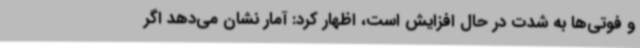
و فوتی‌ها به شدت در حال افزایش است، اظهار کرد: آمار نشان می‌دهد اگر